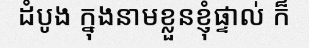
ដំបូង ក្នុងនាមខ្លួនខ្ញុំផ្ទាល់ ក៏